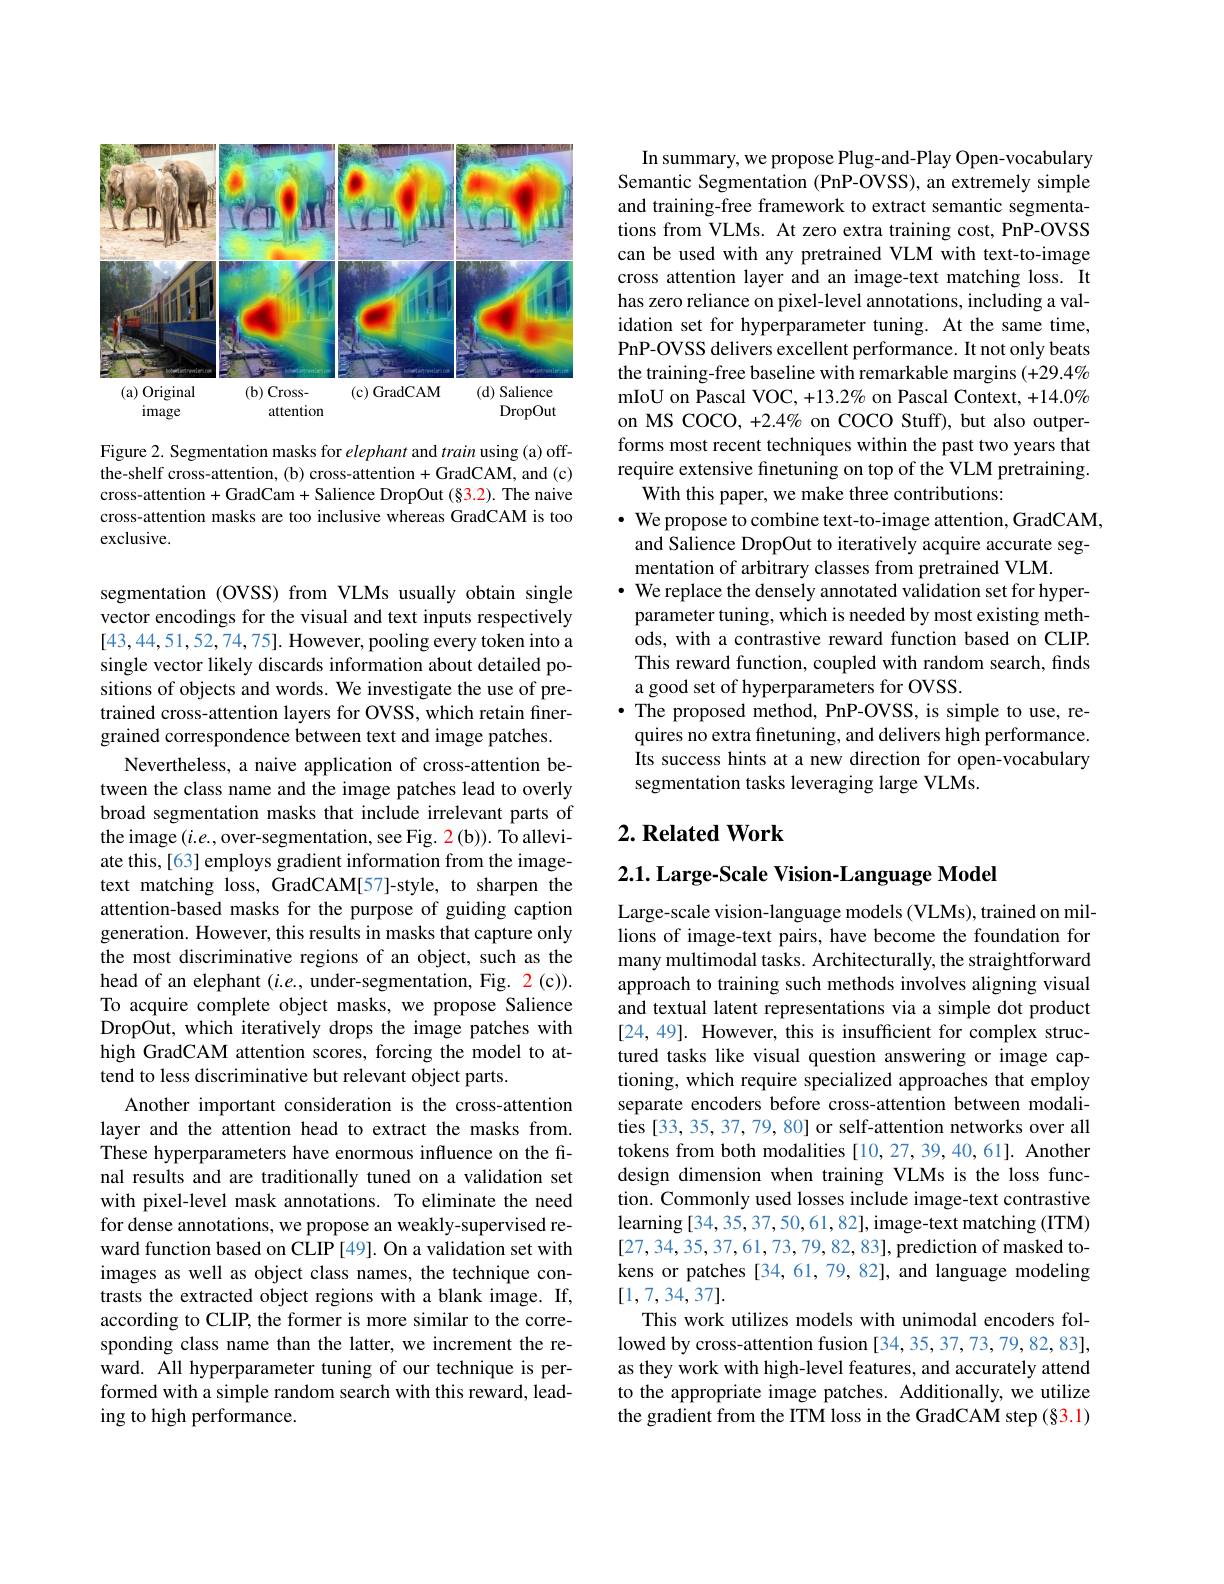
<FigureHere>

Figure 2. Segmentation masks for elephant and train using (a) offthe-shelf cross-attention, (b) cross-attention + GradCAM, and (c) cross-attention + GradCam + Salience DropOut (§3.2). The naive cross-attention masks are too inclusive whereas GradCAM is too exclusive.

segmentation (OVSS) from VLMs usually obtain single vector encodings for the visual and text inputs respectively [43,44,51,52,74,75]. However, pooling every token into a single vector likely discards information about detailed positions of objects and words. We investigate the use of pretrained cross-attention layers for OVSS, which retain finergrained correspondence between text and image patches.
Nevertheless, a naive application of cross-attention between the class name and the image patches lead to overly broad segmentation masks that include irrelevant parts of the image $(i.e.$,over-segmentation, see Fig. $\color{red}{2}($b)). To alleviate this, [63] employs gradient information from the imagetext matching loss, GradCAM[57]-style, to sharpen the attention-based masks for the purpose of guiding caption generation. However, this results in masks that capture only the most discriminative regions of an object, such as the head of an elephant $(i.e.$, under-segmentation, Fig. 2(c)). To acquire complete object masks, we propose Salience DropOut, which iteratively drops the image patches with high GradCAM attention scores, forcing the model to attend to less discriminative but relevant object parts.
Another important consideration is the cross-attention layer and the attention head to extract the masks from. These hyperparameters have enormous influence on the final results and are traditionally tuned on a validation set with pixel-level mask annotations. To eliminate the need for dense annotations, we propose an weakly-supervised reward function based on CLIP [49]. On a validation set with images as well as object class names, the technique contrasts the extracted object regions with a blank image. If, according to CLIP, the former is more similar to the corresponding class name than the latter, we increment the reward. All hyperparameter tuning of our technique is performed with a simple random search with this reward, leading to high performance.

In summary, we propose Plug-and-Play Open-vocabulary Semantic Segmentation (PnP-OVSS), an extremely simple and training-free framework to extract semantic segmentations from VLMs. At zero extra training cost, PnP-OVSS can be used with any pretrained VLM with text-to-image cross attention layer and an image-text matching loss. It has zero reliance on pixel-level annotations, including a validation set for hyperparameter tuning. At the same time, PnP-OVSS delivers excellent performance. It not only beats the training-free baseline with remarkable margins (+29.4% mIoU on Pascal VOC, +13.2% on Pascal Context, +14.0% on MS COCO, +2.4% on COCO Stuff), but also outperforms most recent techniques within the past two years that require extensive finetuning on top of the VLM pretraining.
With this paper, we make three contributions:
$\cdot$ We propose to combine text-to-image attention, GradCAM,
and Salience DropOut to iteratively acquire accurate seg-
mentation of arbitrary classes from pretrained VLM.
$\cdot$ We replace the densely annotated validation set for hyperparameter tuning, which is needed by most existing methods, with a contrastive reward function based on CLIP. This reward function, coupled with random search, finds a good set of hyperparameters for OVSS.
$\bullet$ The proposed method, PnP-OVSS, is simple to use, re-
quires no extra finetuning, and delivers high performance. Its success hints at a new direction for open-vocabulary segmentation tasks leveraging large VLMs.

## $2. \textbf{Related Work}$

$2. 1. \textbf{ Large- Scale Vision- Language Model}$

Large-scale vision-language models (VLMs), trained on millions of image-text pairs, have become the foundation for many multimodal tasks. Architecturally, the straightforward approach to training such methods involves aligning visual and textual latent representations via a simple dot product [24,49]. However, this is insufficient for complex structured tasks like visual question answering or image captioning, which require specialized approaches that employ separate encoders before cross-attention between modalities [33, 35, 37, 79, 80] or self-attention networks over all tokens from both modalities [10,27,39,40,61]. Another design dimension when training VLMs is the loss function. Commonly used losses include image-text contrastive learning [34,35,37,50,61,82], image-text matching (ITM) [27,34,35,37,61,73,79,82,83],prediction of masked tokens or patches [34,61,79,82], and language modeling [1,7,34,37].
This work utilizes models with unimodal encoders followed by cross-attention fusion [34,35,37,73,79,82,83], as they work with high-level features, and accurately attend

to the appropriate image patches. Additionally, we utilize the gradient from the ITM loss in the GradCAM step (§3.1)